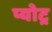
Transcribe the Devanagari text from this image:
प्योट्र